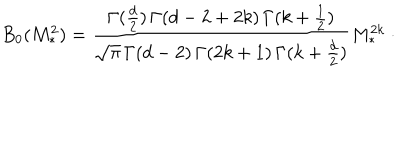
B _ { 0 } ( M _ { * } ^ { 2 } ) = \frac { \Gamma ( \frac { d } { 2 } ) \, \Gamma ( d - 2 + 2 k ) \, \Gamma ( k + \frac { 1 } { 2 } ) } { \sqrt { \pi } \, \Gamma ( d - 2 ) \, \Gamma ( 2 k + 1 ) \, \Gamma ( k + \frac { d } { 2 } ) } M _ { \ast } ^ { 2 k } \ \cdot